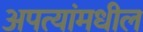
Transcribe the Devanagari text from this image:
अपत्यांमधील